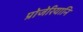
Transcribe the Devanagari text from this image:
प्रोजेरियानि